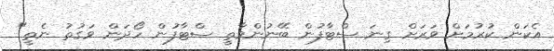
އެކަން ކުރުމަށް ވަރަށް ގިނަ ސްޓާފުން ބޭނުންވާތީ ސްޓާފުން ހޯދަން ވަގުތު ނެތީ"